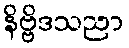
နိဗ္ဗိဒသညာ